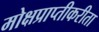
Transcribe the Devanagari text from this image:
मोक्षप्राप्तीकरीता